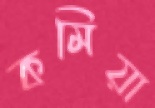
কমিয়া